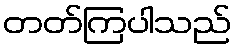
တတ်ကြပါသည်